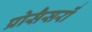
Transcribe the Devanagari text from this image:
प्रोसैसरों